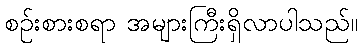
စဉ်းစားစရာ အများကြီးရှိလာပါသည်။